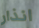
انذار